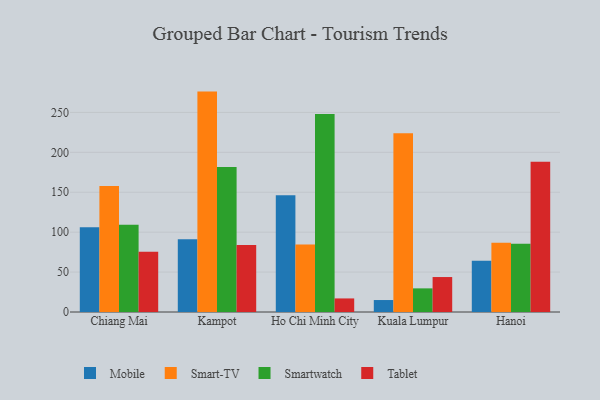
{"axis": {"x": "City", "y": "Humidity (%)"}, "legend": ["Mobile", "Smart-TV", "Smartwatch", "Tablet"], "data": [{"x": "Chiang Mai", "y": 106.1, "type": "Mobile"}, {"x": "Chiang Mai", "y": 157.9, "type": "Smart-TV"}, {"x": "Chiang Mai", "y": 109.4, "type": "Smartwatch"}, {"x": "Chiang Mai", "y": 75.4, "type": "Tablet"}, {"x": "Kampot", "y": 91.0, "type": "Mobile"}, {"x": "Kampot", "y": 276.1, "type": "Smart-TV"}, {"x": "Kampot", "y": 181.7, "type": "Smartwatch"}, {"x": "Kampot", "y": 84.0, "type": "Tablet"}, {"x": "Ho Chi Minh City", "y": 146.4, "type": "Mobile"}, {"x": "Ho Chi Minh City", "y": 84.5, "type": "Smart-TV"}, {"x": "Ho Chi Minh City", "y": 248.1, "type": "Smartwatch"}, {"x": "Ho Chi Minh City", "y": 17.0, "type": "Tablet"}, {"x": "Kuala Lumpur", "y": 15.0, "type": "Mobile"}, {"x": "Kuala Lumpur", "y": 224.0, "type": "Smart-TV"}, {"x": "Kuala Lumpur", "y": 29.6, "type": "Smartwatch"}, {"x": "Kuala Lumpur", "y": 43.8, "type": "Tablet"}, {"x": "Hanoi", "y": 64.3, "type": "Mobile"}, {"x": "Hanoi", "y": 86.9, "type": "Smart-TV"}, {"x": "Hanoi", "y": 85.4, "type": "Smartwatch"}, {"x": "Hanoi", "y": 188.2, "type": "Tablet"}]}